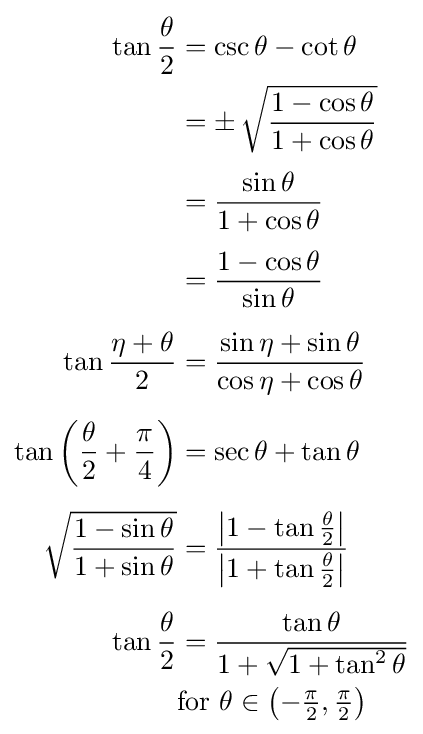
{\begin{aligned}\tan {\frac {\theta }{2}}&=\csc \theta -\cot \theta \\&=\pm \,{\sqrt {\frac {1-\cos \theta }{1+\cos \theta }}}\\[3pt]&={\frac {\sin \theta }{1+\cos \theta }}\\[3pt]&={\frac {1-\cos \theta }{\sin \theta }}\\[5pt]\tan {\frac {\eta +\theta }{2}}&={\frac {\sin \eta +\sin \theta }{\cos \eta +\cos \theta }}\\[5pt]\tan \left({\frac {\theta }{2}}+{\frac {\pi }{4}}\right)&=\sec \theta +\tan \theta \\[5pt]{\sqrt {\frac {1-\sin \theta }{1+\sin \theta }}}&={\frac {\left|1-\tan {\frac {\theta }{2}}\right|}{\left|1+\tan {\frac {\theta }{2}}\right|}}\\[5pt]\tan {\frac {\theta }{2}}&={\frac {\tan \theta }{1+{\sqrt {1+\tan ^{2}\theta }}}}\\&{\text{for }}\theta \in \left(-{\tfrac {\pi }{2}},{\tfrac {\pi }{2}}\right)\end{aligned}}